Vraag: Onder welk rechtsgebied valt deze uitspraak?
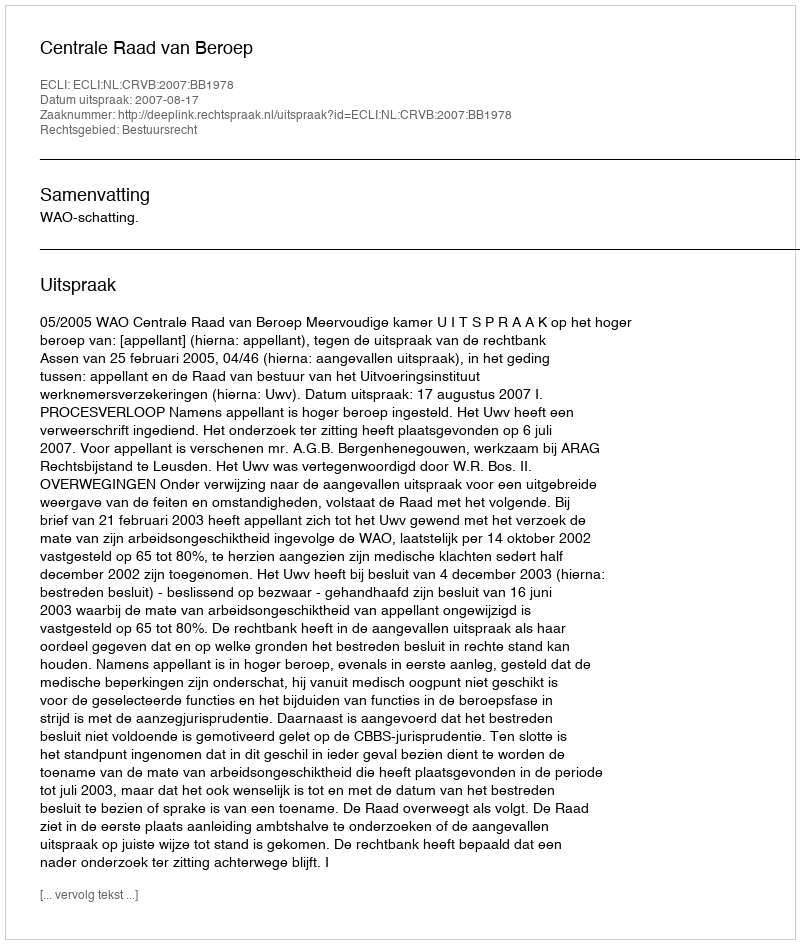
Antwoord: Bestuursrecht